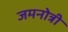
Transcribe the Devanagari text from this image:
जमनोत्री